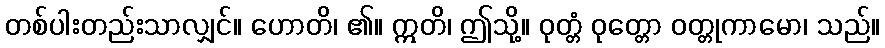
တစ်ပါးတည်းသာလျှင်။ ဟောတိ၊ ၏။ ဣတိ၊ ဤသို့။ ဝုတ္တံ ဝုတ္တော ဝတ္တုကာမော၊ သည်။